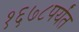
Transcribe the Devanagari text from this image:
१६७८पर्यंत